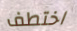
اختطف